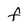
Character: F